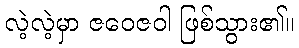
လဲ့လဲ့မှာ ဇဝေဇဝါ ဖြစ်သွား၏။